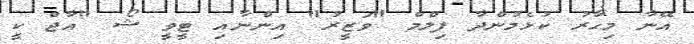
އޭނާ މިހާރު ކުޅެމުންދާ ފިލްމް "ވަޒީރު" އިންނާއި ޓީވީ ޝޯ "އާޖް ކީ